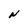
Character: N